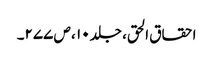
احقاق الحق، جلد ۱۰ ، ص ۲۷۷۔